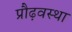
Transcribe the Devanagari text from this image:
प्रौढ़वस्था